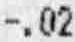
-.02